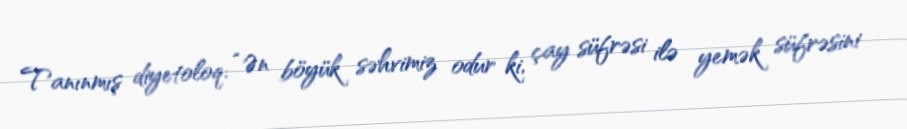
Tanınmış diyetoloq: “Ən böyük səhvimiz odur ki, çay süfrəsi ilə yemək süfrəsini